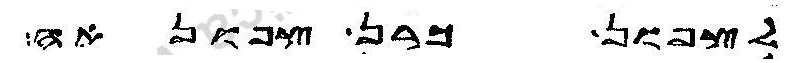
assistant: לצפון כרן צפונאה